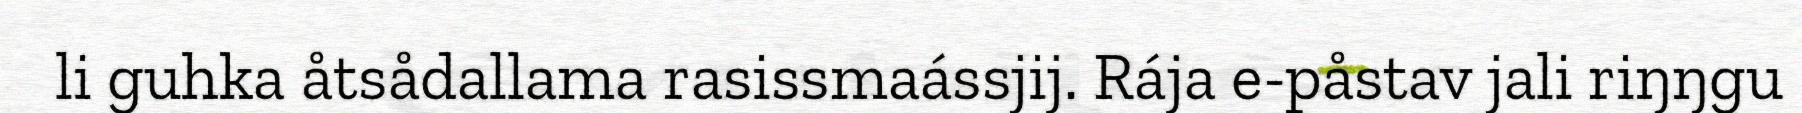
li guhka åtsådallama rasissmaássjij. Rája e-påstav jali riŋŋgu